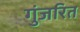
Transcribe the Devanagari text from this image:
गुंजरित